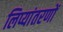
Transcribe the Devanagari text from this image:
लिप्यांतरणों